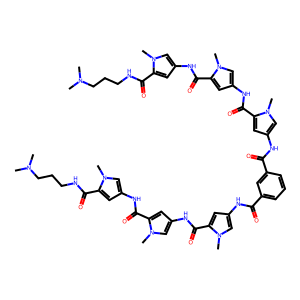
SMILES: CN(C)CCCNC(=O)c1cc(NC(=O)c2cc(NC(=O)c3cc(NC(=O)c4cccc(C(=O)Nc5cc(C(=O)Nc6cc(C(=O)Nc7cc(C(=O)NCCCN(C)C)n(C)c7)n(C)c6)n(C)c5)c4)cn3C)cn2C)cn1C
Inhibits HIV replication: No